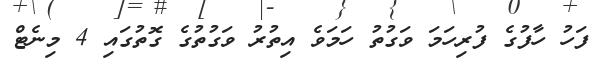
ފަހު ހާފުގެ ފުރިހަމަ ވަގުތު ހަމަވެ އިތުރު ވަގުތުގެ ގޮތުގައި 4 މިނެޓް